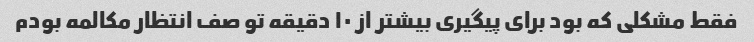
فقط مشکلی که بود برای پیگیری بیشتر از ۱۰ دقیقه تو صف انتظار مکالمه بودم